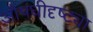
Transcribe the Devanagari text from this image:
औषधीदृष्ट्या